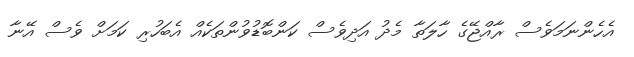
އެހެންނަމަވެސް ރާއްޖޭގެ ހާލަތާ މެދު އަދިވެސް ކަންބޮޑުވުންތަކެއް އެބަހުރި ކަމަށް ވެސް އޭނާ